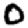
Digit: 0